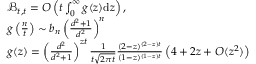
\begin{array} { r l } & { \mathcal { B } _ { t , t } = O \left( t \int _ { 0 } ^ { \infty } g ( z ) \mathrm { d } z \right) , } \\ & { g \left( \frac { n } { t } \right) \sim b _ { n } \left( \frac { d ^ { 2 } + 1 } { d ^ { 2 } } \right) ^ { n } } \\ & { g ( z ) = \left( \frac { d ^ { 2 } } { d ^ { 2 } + 1 } \right) ^ { z t } \frac { 1 } { t \sqrt { 2 \pi t } } \frac { ( 2 - z ) ^ { ( 2 - z ) t } } { ( 1 - z ) ^ { ( 1 - z ) t } } \left( 4 + 2 z + O ( z ^ { 2 } ) \right) } \end{array}